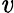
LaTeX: \mathit{v}